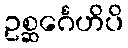
ဥစ္ဆင်္ဂေဟိပိ